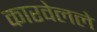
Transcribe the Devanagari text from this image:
कारवेलले